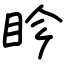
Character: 眕